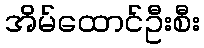
အိမ်ထောင်ဦးစီး